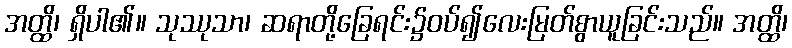
အတ္ထိ၊ ရှိပါ၏။ သုဿုသာ၊ ဆရာတို့ခြေရင်း၌ဝပ်၍လေးမြတ်စွာယူခြင်းသည်။ အတ္ထိ၊